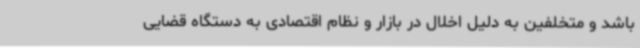
باشد و متخلفین به دلیل اخلال در بازار و نظام اقتصادی به دستگاه قضایی